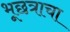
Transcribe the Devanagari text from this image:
भूछत्राचा